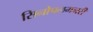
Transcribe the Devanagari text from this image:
सिनोपलमनरी